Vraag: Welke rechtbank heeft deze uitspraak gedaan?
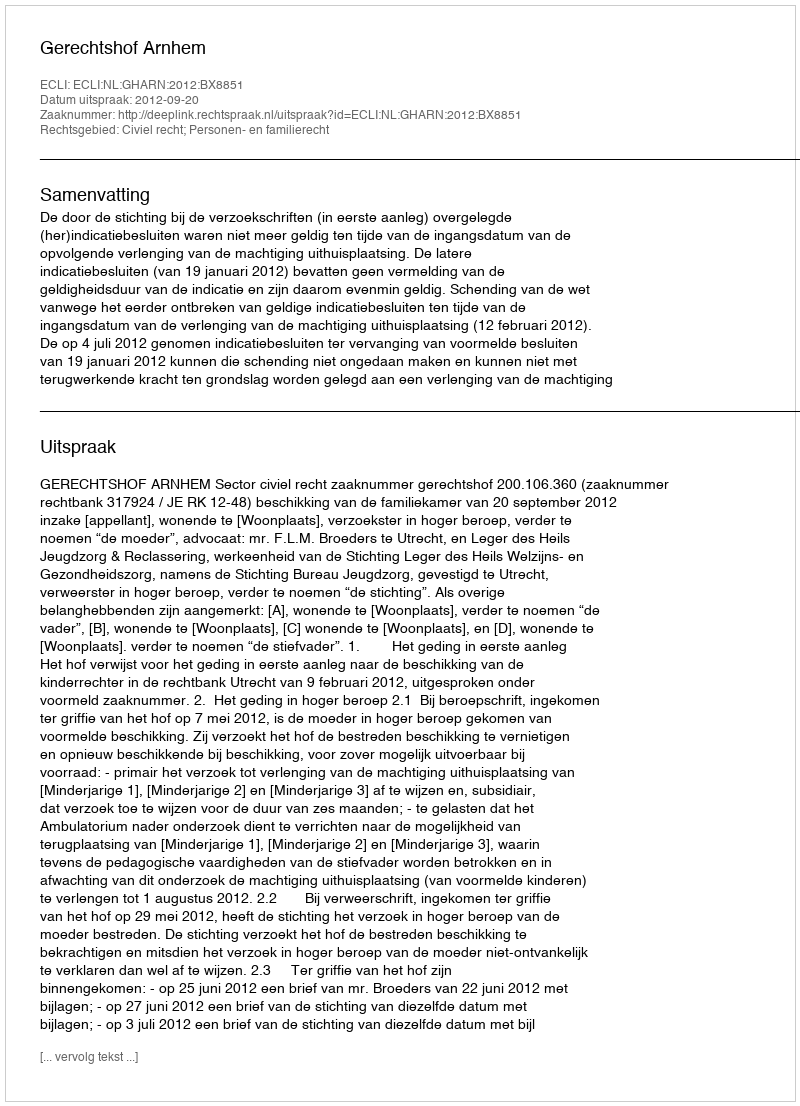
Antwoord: Gerechtshof Arnhem